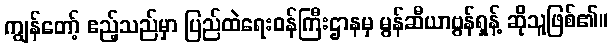
ကျွန်တော့် ဧည့်သည်မှာ ပြည်ထဲရေးဝန်ကြီးဌာနမှ မွန်ဆီယာဗွန်ရှန့် ဆိုသူဖြစ်၏။